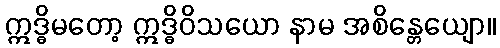
ဣဒ္ဓိမတော့ ဣဒ္ဓိဝိသယော နာမ အစိန္တေယျော။